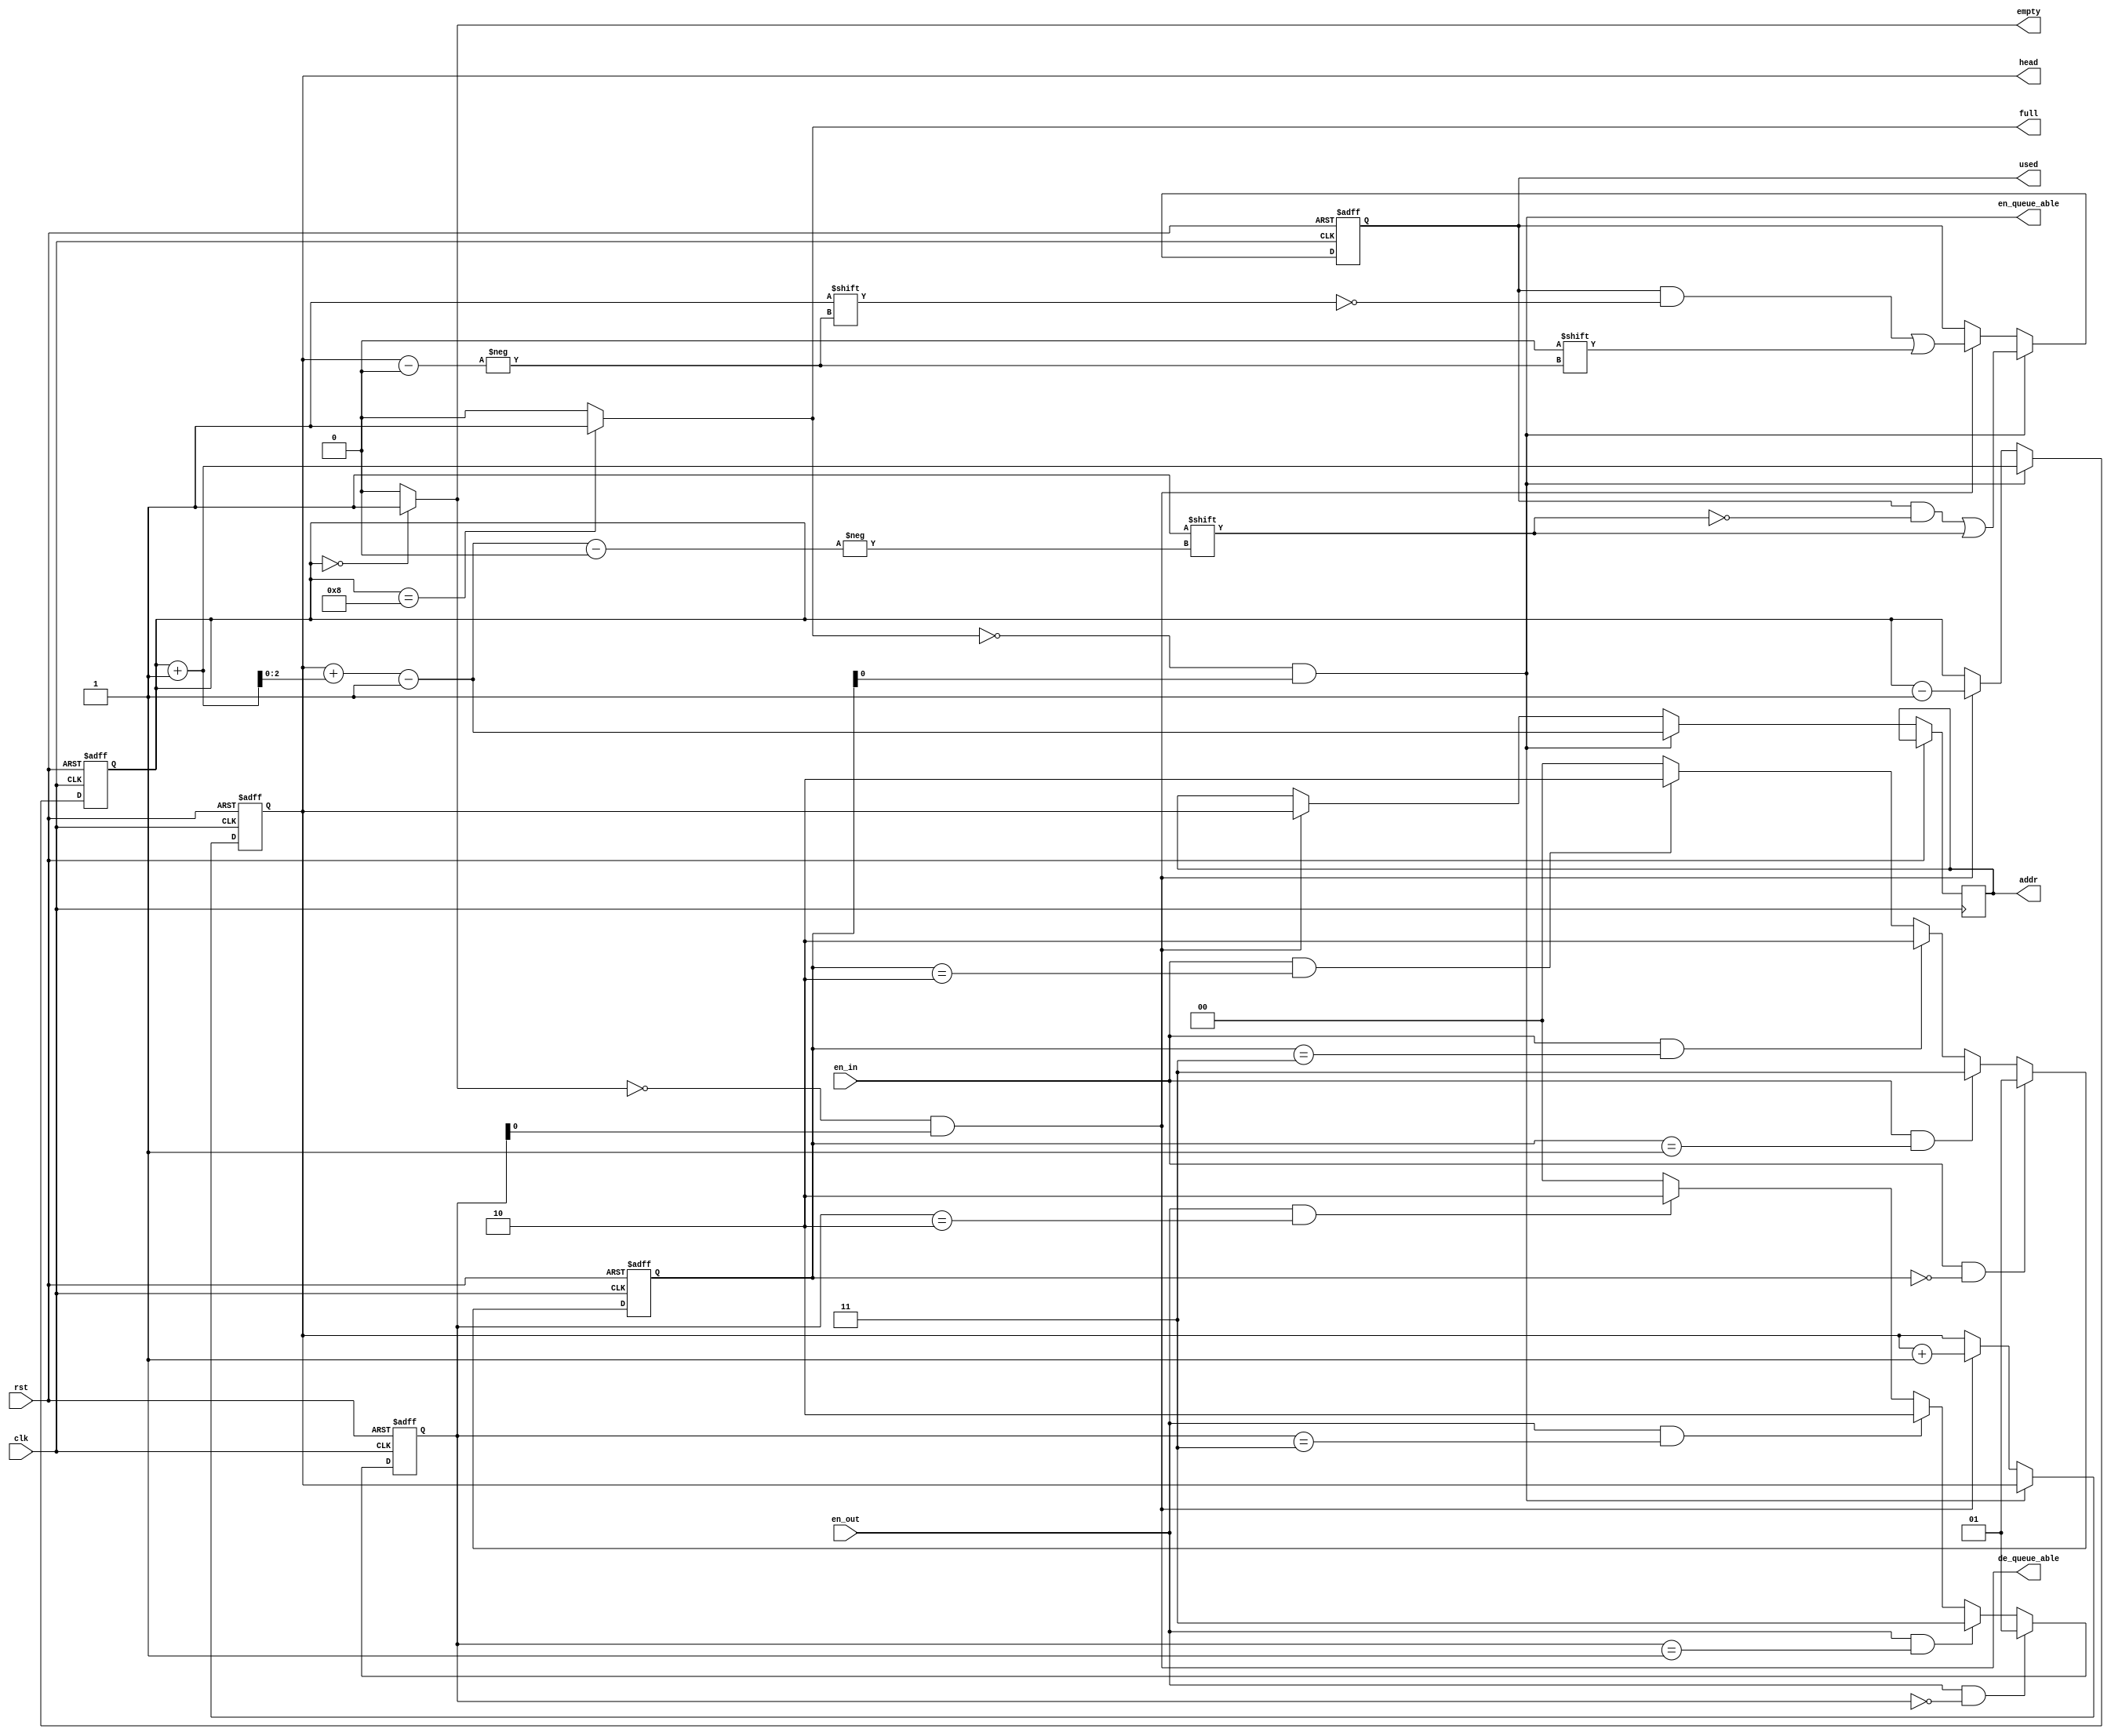
`timescale 1ns / 1ps
//////////////////////////////////////////////////////////////////////////////////
// Company: 
// Engineer: 
// 
// Design Name: 
// Module Name: STATE_MACHINE
// Project Name: 
// Target Devices: 
// Tool Versions: 
// Description: 
// 
// Dependencies: 
// 
// Revision:
// Revision 0.01 - File Created
// Additional Comments:
// 
//////////////////////////////////////////////////////////////////////////////////


module STATE_MACHINE(
    input en_out,en_in,rst,clk,
    output reg [2:0]head,addr,//head_pointer,addr is (head+count-1)%8
    output en_queue_able,de_queue_able,
    output reg empty,full,
    output reg [7:0]used
    );
    reg [1:0]flag_in,flag_out;
    reg [3:0]count;
    
    /*,*/
    always @ (posedge rst or posedge clk)
    begin
        if (rst)
            flag_in=2'b00;
        else
        begin
            if (en_in && flag_in==2'b00)
                flag_in=2'b01;
            else if (en_in && flag_in==2'b01)
                flag_in=2'b11;
            else if (en_in && flag_in==2'b11)
                flag_in=2'b10;
            else if (en_in && flag_in==2'b10)
                flag_in=2'b10;
            else 
                flag_in=2'b00;
        end
    end
    
    always @ (posedge rst or posedge clk)
    begin
        if (rst)
            flag_out=2'b00;
        else
        begin
            if (en_out && flag_out==2'b00)
                flag_out=2'b01;
            else if (en_out && flag_out==2'b01)
                flag_out=2'b11;
            else if (en_out && flag_out==2'b11)
                flag_out=2'b10;
            else if (en_out && flag_out==2'b10)
                flag_out=2'b10;
            else
                flag_out=2'b00;
        end
    end
    /////////////////////////////////////////////////////////////////////////
    
    /**/
    always @ (posedge clk or posedge rst)
    begin
        if (rst)
        begin
            count=4'b0000;
            head=3'b000;
            used=8'b00000000;
        end
        else
        begin
            if (en_queue_able)//EnQueue
            begin
                count=count+1;
                addr = head + count - 1;//addrreg_file,
                used[addr]=1'b1;
            end
            else if (de_queue_able)
            begin
                count=count-1;
                addr = head;//addrreg_filera1,
                head=head+1;
                used[addr]=1'b0;
            end
            else 
            begin
                count=count;
                head=head;
                addr=addr;
            end
        end
    end
    ////////////////////////////////////////////////////////
    
    /*/*/
    assign en_queue_able = ~full & flag_in[0];
    assign de_queue_able = ~empty & flag_out[0];
    ///////////////////////////////////////////////////////
    
    /**/
    always @ (*)
    begin
        if (count==0)
            empty=1;
        else 
            empty=0;
    end
    always @ (*)
    begin
        if (count==8)
            full=1;
        else 
            full=0;
    end
    ////////////////////////////////////////////////////////
endmodule